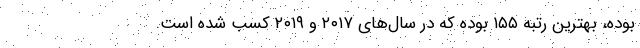
بوده، بهترین رتبه ۱۵۵ بوده که در سال‌های ۲۰۱۷ و ۲۰۱۹ کسب شده است.